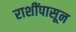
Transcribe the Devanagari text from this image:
राशींपासून